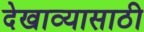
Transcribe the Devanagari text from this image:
देखाव्यासाठी